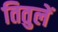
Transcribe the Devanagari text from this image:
तितुलें